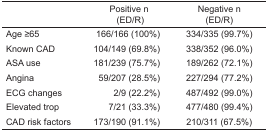
<table><thead><tr><td></td><td><b>Positive n (ED/R)</b></td><td><b>Negative n (ED/R)</b></td></tr></thead><tbody><tr><td>Age ≥65</td><td>166/166 (100%)</td><td>334/335 (99.7%)</td></tr><tr><td>Known CAD</td><td>104/149 (69.8%)</td><td>338/352 (96.0%)</td></tr><tr><td>ASA use</td><td>181/239 (75.7%)</td><td>189/262 (72.1%)</td></tr><tr><td>Angina</td><td>59/207 (28.5%)</td><td>227/294 (77.2%)</td></tr><tr><td>ECG changes</td><td>2/9 (22.2%)</td><td>487/492 (99.0%)</td></tr><tr><td>Elevated trop</td><td>7/21 (33.3%)</td><td>477/480 (99.4%)</td></tr><tr><td>CAD risk factors</td><td>173/190 (91.1%)</td><td>210/311 (67.5%)</td></tr></tbody></table>